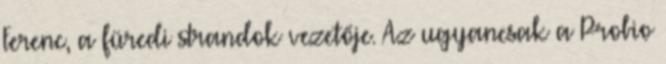
Ferenc, a füredi strandok vezetője. Az ugyancsak a Probio